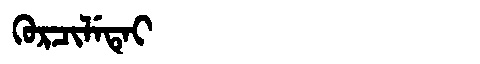
Manchu: ᡴᡠᡵᠴᡳᠯᡝᡨᡝᡳ
Romanization: KURCILETEI